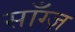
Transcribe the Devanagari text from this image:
साँग्ज़